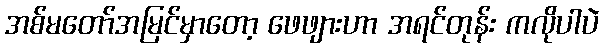
အစ်မတော်အမြင်မှာတော့ ဖေဖျားဟာ အရင်တုန်း ကလိုပါပဲ